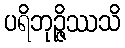
ပရိဘုဉ္ဇိဿသိ